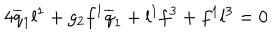
LaTeX: 4 \overline { { { q } } } _ { 1 } l ^ { 1 } + g _ { 2 } f ^ { 1 } \overline { { { q } } } _ { 1 } + l ^ { 1 } f ^ { 3 } + f ^ { 1 } l ^ { 3 } = 0